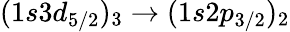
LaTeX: (1s3d_{5/2})_{3}\to(1s2p_{3/2})_{2}